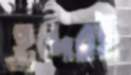
হ্রদেরই